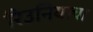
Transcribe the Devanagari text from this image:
रिउनियाचा